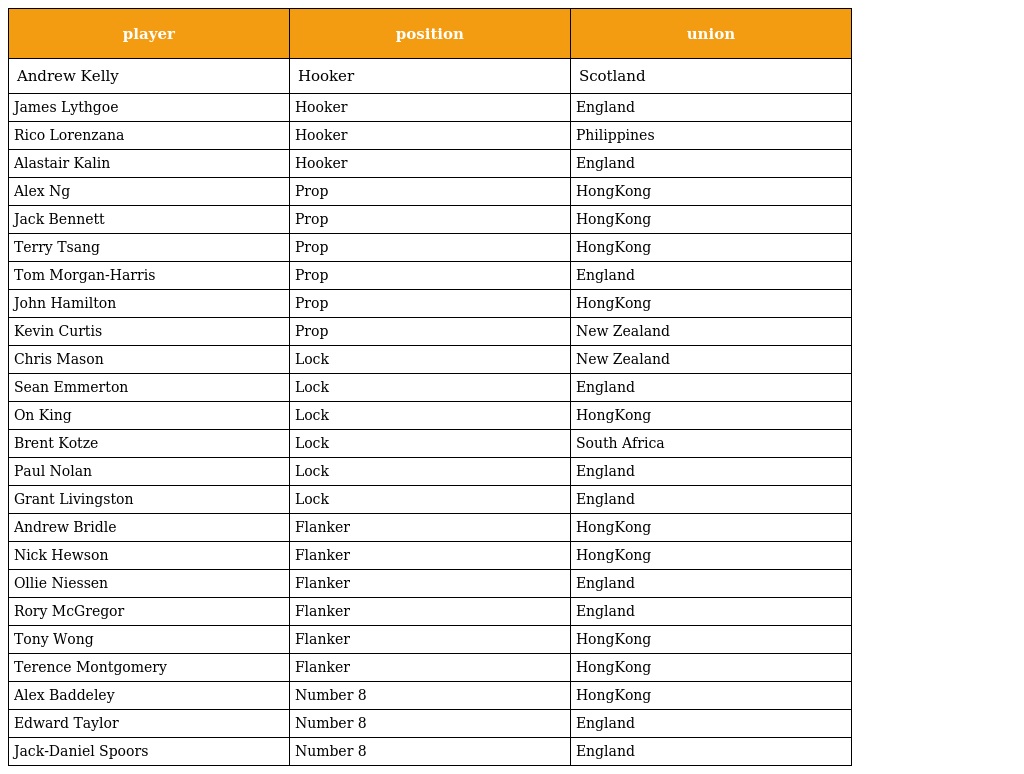
| player | position | union |
 | --- | --- | --- |
 | Andrew Kelly | Hooker | Scotland |
 | James Lythgoe | Hooker | England |
 | Rico Lorenzana | Hooker | Philippines |
 | Alastair Kalin | Hooker | England |
 | Alex Ng | Prop | HongKong |
 | Jack Bennett | Prop | HongKong |
 | Terry Tsang | Prop | HongKong |
 | Tom Morgan-Harris | Prop | England |
 | John Hamilton | Prop | HongKong |
 | Kevin Curtis | Prop | New Zealand |
 | Chris Mason | Lock | New Zealand |
 | Sean Emmerton | Lock | England |
 | On King | Lock | HongKong |
 | Brent Kotze | Lock | South Africa |
 | Paul Nolan | Lock | England |
 | Grant Livingston | Lock | England |
 | Andrew Bridle | Flanker | HongKong |
 | Nick Hewson | Flanker | HongKong |
 | Ollie Niessen | Flanker | England |
 | Rory McGregor | Flanker | England |
 | Tony Wong | Flanker | HongKong |
 | Terence Montgomery | Flanker | HongKong |
 | Alex Baddeley | Number 8 | HongKong |
 | Edward Taylor | Number 8 | England |
 | Jack-Daniel Spoors | Number 8 | England |